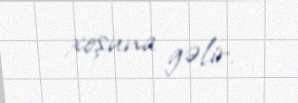
xoşuna gəlir.